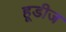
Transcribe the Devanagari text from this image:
हूडीज